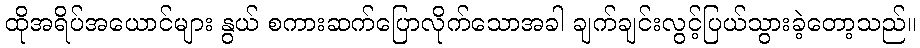
ထိုအရိပ်အယောင်များ နွယ် စကားဆက်ပြောလိုက်သောအခါ ချက်ချင်းလွင့်ပြယ်သွားခဲ့တော့သည်။